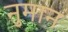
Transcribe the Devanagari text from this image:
नुमान